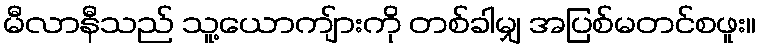
မီလာနီသည် သူ့ယောကျ်ားကို တစ်ခါမျှ အပြစ်မတင်စဖူး။